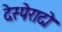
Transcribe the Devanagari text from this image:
देस्पेरादो